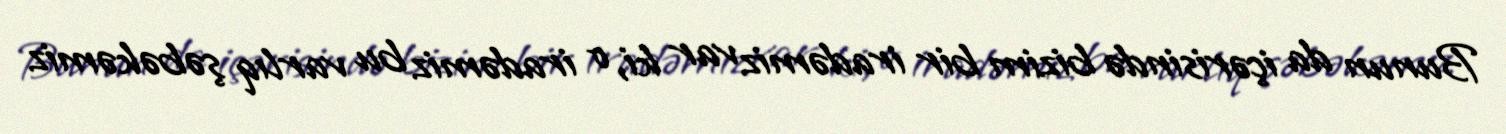
Bunun da içərisində bizim bir iradəmiz var ki, o iradəmiz bu varlıq şəbəkəmiz